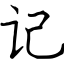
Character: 记